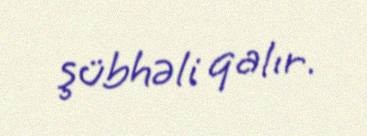
şübhəli qalır.